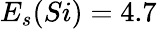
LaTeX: E_{s}(Si)=4.7